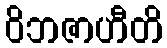
ဝိဘဇာဟီတိ